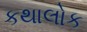
કથાલોક